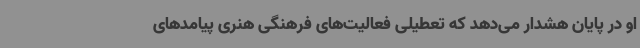
او در پایان هشدار می‌دهد که تعطیلی فعالیت‌های فرهنگی هنری پیامدهای